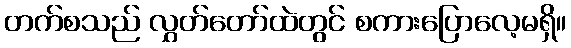
တက်စသည် လွှတ်တော်ထဲတွင် စကားပြောလေ့မရှိ။